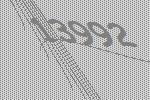
13992